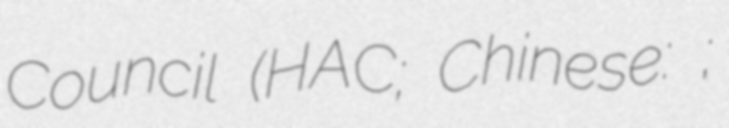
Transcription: Council (HAC; Chinese: 客家委員會;